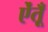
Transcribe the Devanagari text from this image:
ऐंतूँ